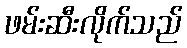
ဖမ်းဆီးလိုက်သည်